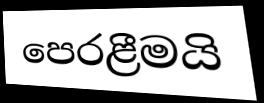
පෙරළීමයි